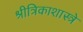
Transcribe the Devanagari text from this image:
श्रीत्रिकाशास्त्रे